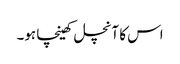
اس کا آنچل کھینچا ہو۔